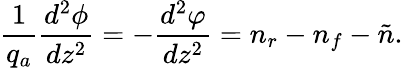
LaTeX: {\frac{1}{q_{a}}}{\frac{d^{2}\phi}{dz^{2}}}=-{\frac{d^{2}\varphi}{dz^{2}}}=n_{r}-n_{f}-\tilde{n}.